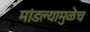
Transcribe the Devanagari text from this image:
मांडल्यामुळेच